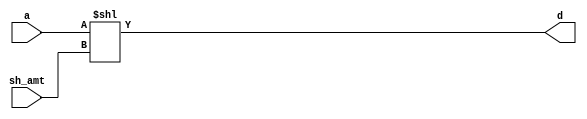
`timescale 1ns / 1ps
//////////////////////////////////////////////////////////////////////////////////
// Name: Andrew Camps, Jason Tran, Steve Miller
// Project: Project 1
// Description: Logically shifts input sh_amt positions to the left
//////////////////////////////////////////////////////////////////////////////////


module SHL(a, sh_amt, d);

    parameter DATAWIDTH = 64;
    
    input [DATAWIDTH - 1:0] a;
    input [$clog2(DATAWIDTH) - 1:0] sh_amt;
    
    output reg [DATAWIDTH - 1:0] d;
    
    always @(*) begin
    
        d <= a << sh_amt;
    
    end

endmodule